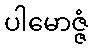
ပါမောဇ္ဇံ